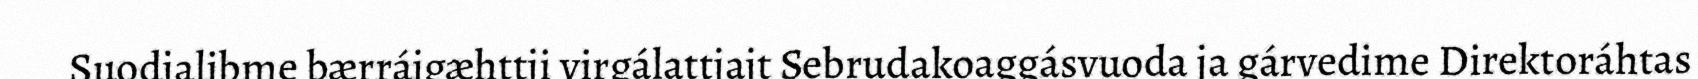
Suodjalibme bærrájgæhttji virgálattjajt Sebrudakoaggásvuoda ja gárvedime Direktoráhtas